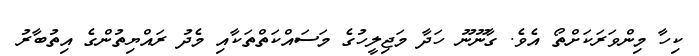
ކިހާ މިންވަރަކަށްތޯ އެވެ. ގާނޫނޫ ހަދާ މަޖިލީހުގެ މަސައްކަތްތަކާއި މެދު ރައްޔިތުންގެ އިތުބާރު